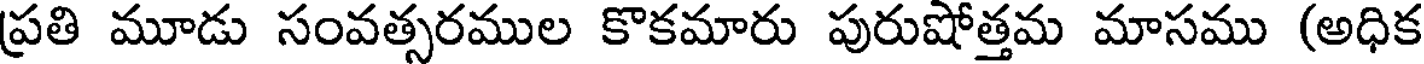
ప్రతి మూడు సంవత్సరముల కొకమారు పురుషోత్తమ మాసము (అధిక